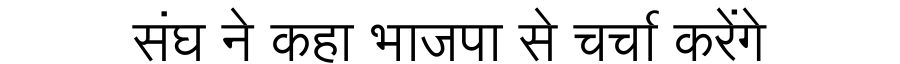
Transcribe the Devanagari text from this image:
संघ ने कहा भाजपा से चर्चा करेंगे